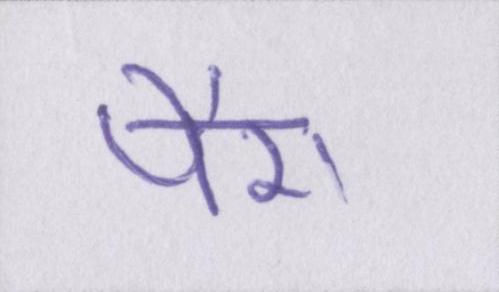
पैरा